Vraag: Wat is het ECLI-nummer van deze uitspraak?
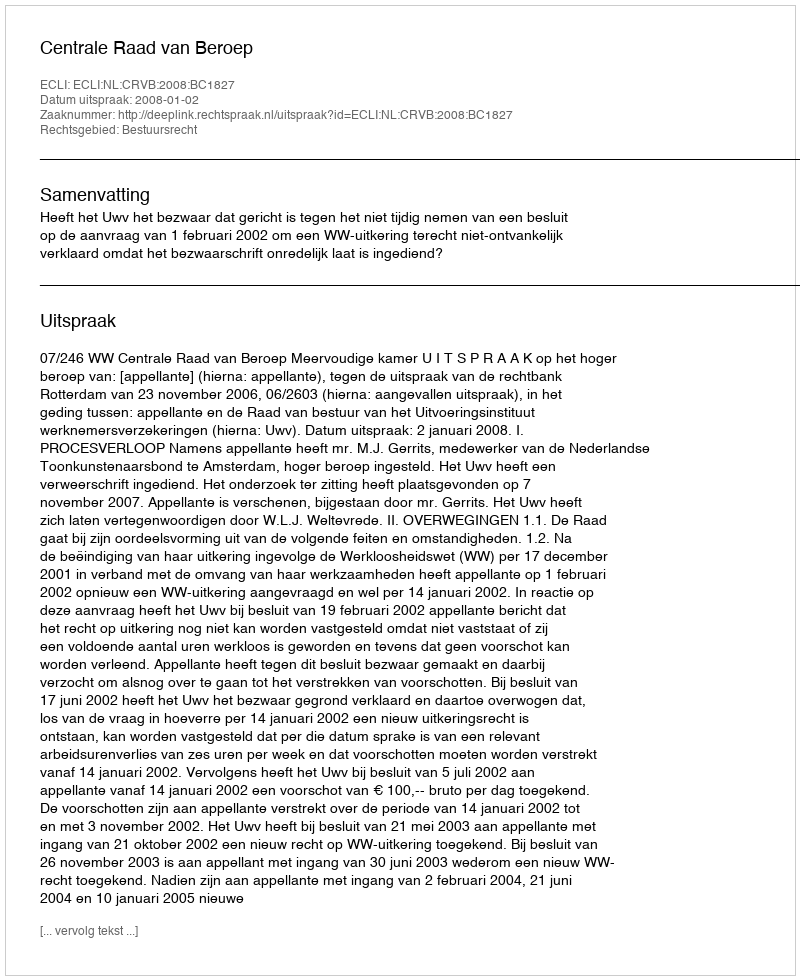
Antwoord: ECLI:NL:CRVB:2008:BC1827